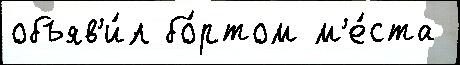
объяв'и́л бо́ртом м'е́ста